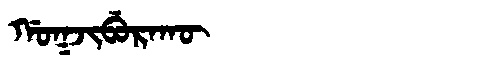
Manchu: ᡤᠣᡴᠵᡳᠪᡠᡵᠠᡴᡡ
Romanization: GOKJIBURAKŪ